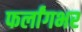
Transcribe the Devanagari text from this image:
फर्लांगभर